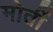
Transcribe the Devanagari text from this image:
मोतीं